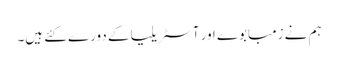
ہم نے زمبابوے اور آسٹریلیا کے دورے کئے ہیں۔